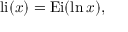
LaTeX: { \mathrm { l i } } ( x ) = { \mathrm { E i } } ( \ln x ) , \,